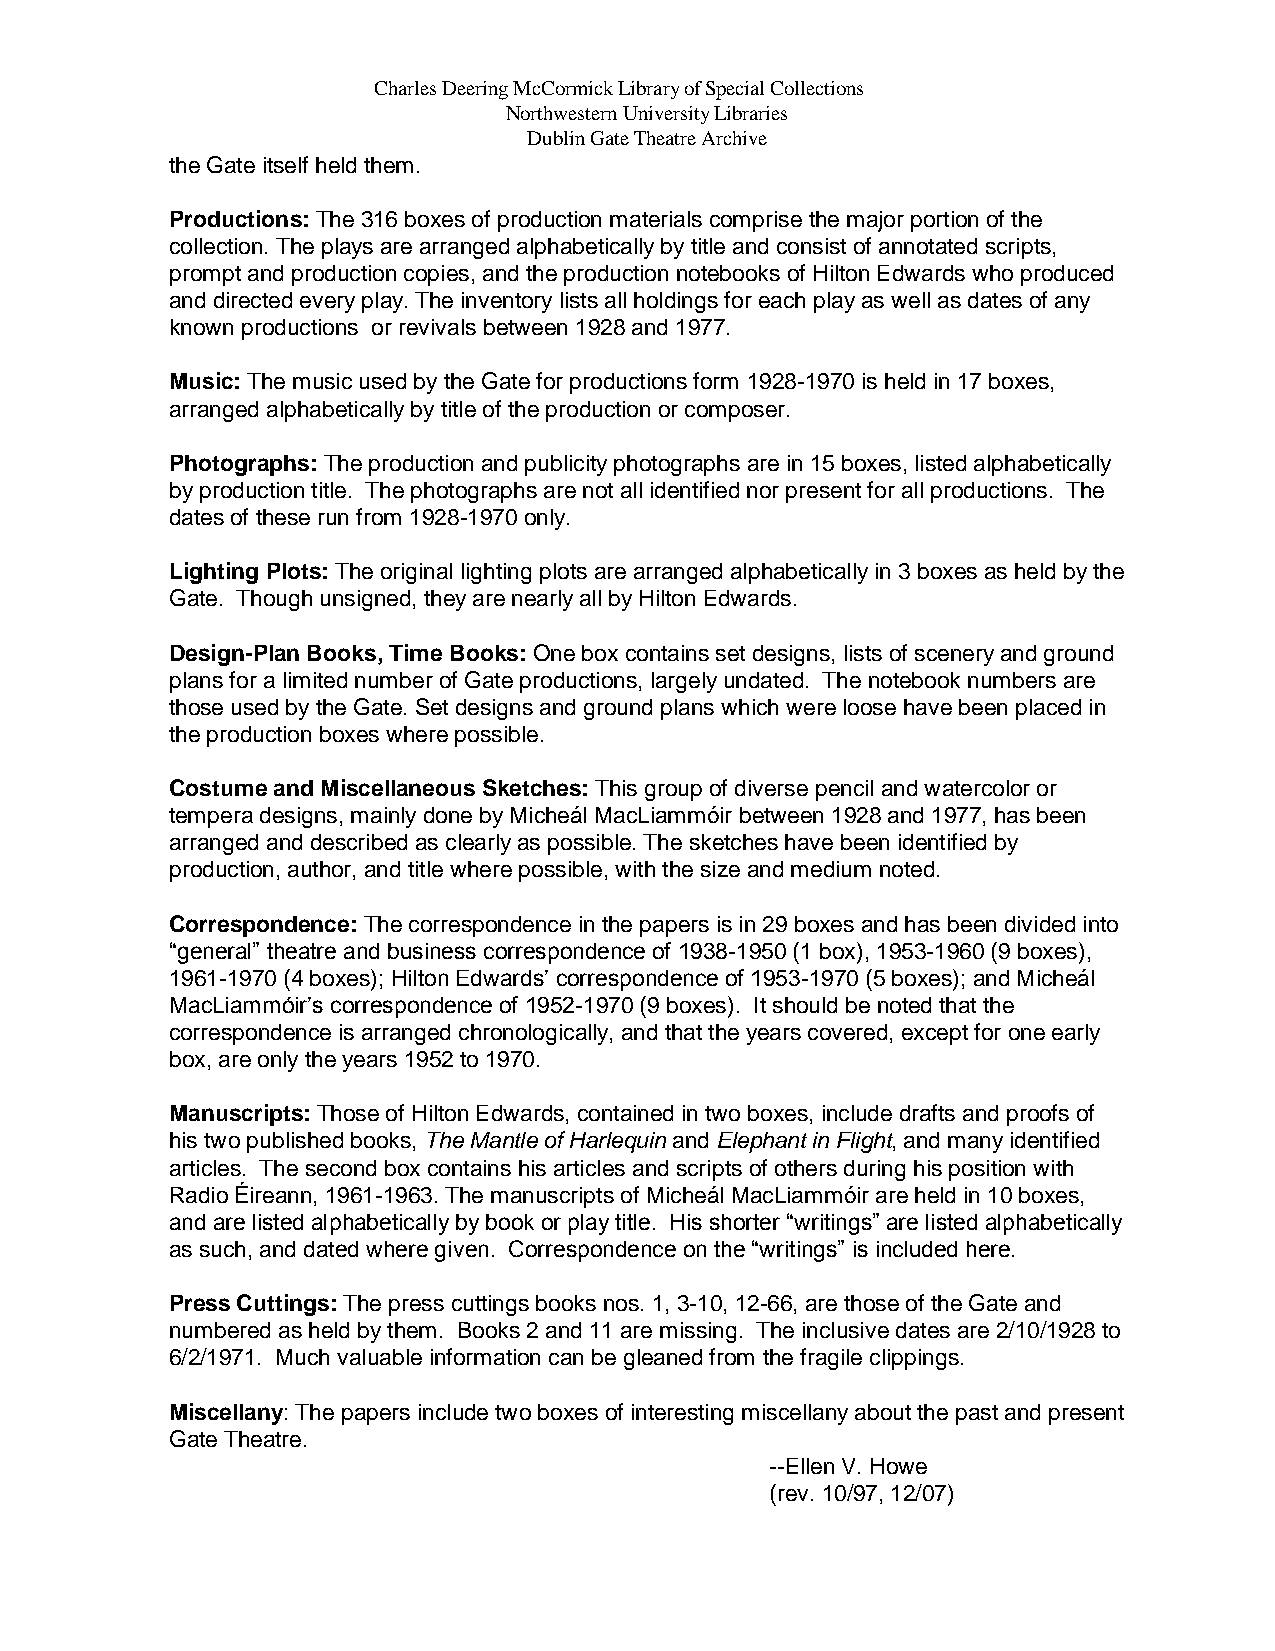
Charles Deering McCormick Library of Special Collections
 Northwestern University Libraries
 Dublin Gate Theatre Archive
 the Gate itself held them.
 Productions: The 316 boxes of production materials comprise the major portion of the
 collection. The plays are arranged alphabetically by title and consist of annotated scripts,
 prompt and production copies, and the production notebooks of Hilton Edwards who produced
 and directed every play. The inventory lists all holdings for each play as well as dates of any
 known productions or revivals between 1928 and 1977.
 Music: The music used by the Gate for productions form 1928-1970 is held in 17 boxes,
 arranged alphabetically by title of the production or composer.
 Photographs: The production and publicity photographs are in 15 boxes, listed alphabetically
 by production title. The photographs are not all identified nor present for all productions. The
 dates of these run from 1928-1970 only.
 Lighting Plots: The original lighting plots are arranged alphabetically in 3 boxes as held by the
 Gate. Though unsigned, they are nearly all by Hilton Edwards.
 Design-Plan Books, Time Books: One box contains set designs, lists of scenery and ground
 plans for a limited number of Gate productions, largely undated. The notebook numbers are
 those used by the Gate. Set designs and ground plans which were loose have been placed in
 the production boxes where possible.
 Costume and Miscellaneous Sketches: This group of diverse pencil and watercolor or
 tempera designs, mainly done by Micheál MacLiammóir between 1928 and 1977, has been
 arranged and described as clearly as possible. The sketches have been identified by
 production, author, and title where possible, with the size and medium noted.
 Correspondence: The correspondence in the papers is in 29 boxes and has been divided into
 “general” theatre and business correspondence of 1938-1950 (1 box), 1953-1960 (9 boxes),
 1961-1970 (4 boxes); Hilton Edwards’ correspondence of 1953-1970 (5 boxes); and Micheál
 MacLiammóir’s correspondence of 1952-1970 (9 boxes). It should be noted that the
 correspondence is arranged chronologically, and that the years covered, except for one early
 box, are only the years 1952 to 1970.
 Manuscripts: Those of Hilton Edwards, contained in two boxes, include drafts and proofs of
 his two published books, The Mantle of Harlequin and Elephant in Flight, and many identified
 articles. The second box contains his articles and scripts of others during his position with
 Radio Éireann, 1961-1963. The manuscripts of Micheál MacLiammóir are held in 10 boxes,
 and are listed alphabetically by book or play title. His shorter “writings” are listed alphabetically
 as such, and dated where given. Correspondence on the “writings” is included here.
 Press Cuttings: The press cuttings books nos. 1, 3-10, 12-66, are those of the Gate and
 numbered as held by them. Books 2 and 11 are missing. The inclusive dates are 2/10/1928 to
 6/2/1971. Much valuable information can be gleaned from the fragile clippings.
 Miscellany: The papers include two boxes of interesting miscellany about the past and present
 Gate Theatre.
 --Ellen V. Howe
 (rev. 10/97, 12/07)